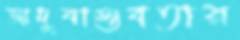
জাদুবাস্তবতার